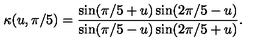
\kappa ( u , { \pi / 5 } ) = { \frac { \sin ( \pi / 5 + u ) \sin ( 2 \pi / 5 - u ) } { \sin ( \pi / 5 - u ) \sin ( 2 \pi / 5 + u ) } } .